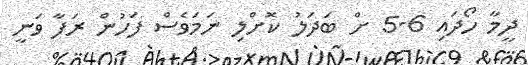
ދީމާ ހޯދައި 6-5 ށް ބަދަލު ކޮށްލި ނަމަވެސް ފަހުން ރަފާ ވަނީ